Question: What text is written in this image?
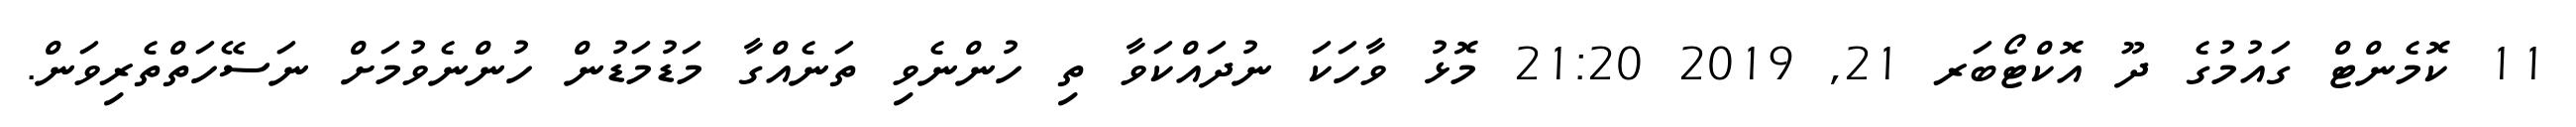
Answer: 11 ކޮމެންޓް ގައުމުގެ ދޫ އޮކްޓޯބަރ 21, 2019 21:20 މޮޅު ވާހަކަ ނުދައްކަވާ ތި ހުންނެވި ތަނެއްގާ މަޑުމަޑުން ހުންނެވުމަށް ނަސޭހަތްތެރިވަން.